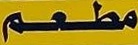
مطعم